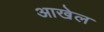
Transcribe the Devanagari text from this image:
आखेल